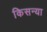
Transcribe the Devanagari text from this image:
किसन्या